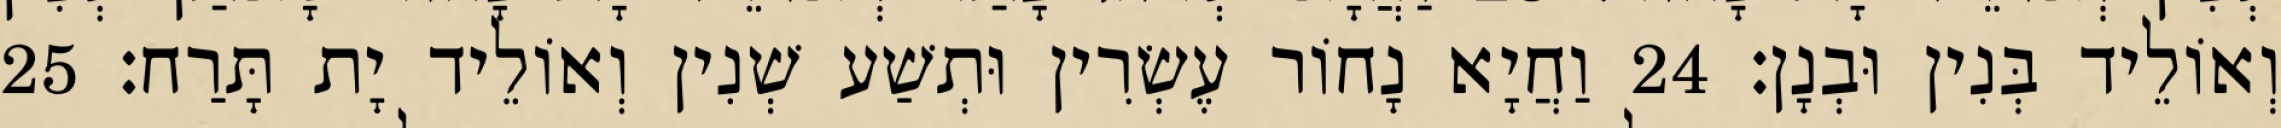
וְאוֹלֵיד בְּנִין וּבְנָן׃ 24 וַחֲיָא נָחוֹר עֶשְׂרִין וּתְשַׁע שְׁנִין וְאוֹלֵיד יָת תָּרַח׃ 25